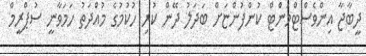
ދީބާޖާ އިންވެސްޓްމަންޓް ކުންފުންޏަށް ބަދަލު ދޭން ކުރި ހުކުމުގެ މުއްދަތު ހަމަވާނީ ސުޕްރީމް